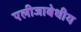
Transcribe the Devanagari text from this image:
एलीजाबेथीय